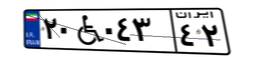
۲۰W۰۴۳۴۲